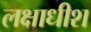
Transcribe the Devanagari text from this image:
लक्षाधीश